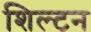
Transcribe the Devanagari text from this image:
शिल्टन